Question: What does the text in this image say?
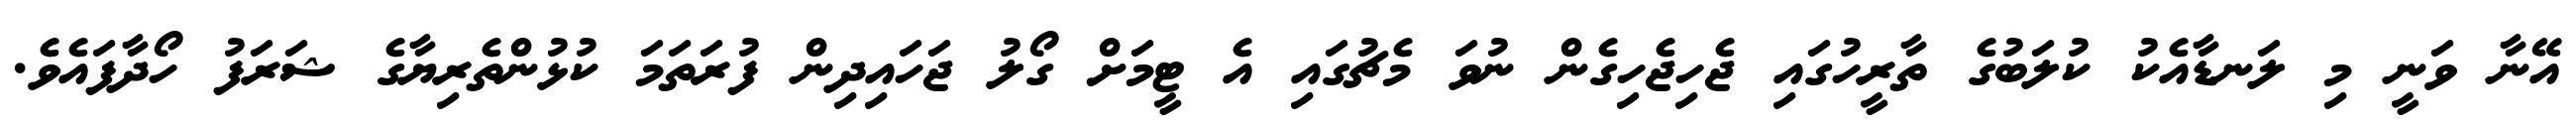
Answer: އޭނާ ވަނީ މި ލަނޑާއެކު ކުލަބުގެ ތާރީހުގައި ޖެހިޖެހިގެން ނުވަ މެޗުގައި އެ ޓީމަށް ގޯލު ޖަހައިދިން ފުރަތަމަ ކުޅުންތެރިޔާގެ ޝަރަފު ހޯދާފައެވެ.